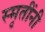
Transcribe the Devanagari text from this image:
स्मृतींनी